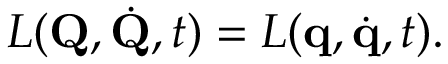
L ( \mathbf { Q } , { \dot { \mathbf { Q } } } , t ) = L ( \mathbf { q } , { \dot { \mathbf { q } } } , t ) .